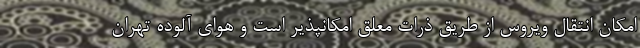
امکان انتقال ویروس از طریق ذرات معلق امکانپذیر است و هوای آلوده تهران